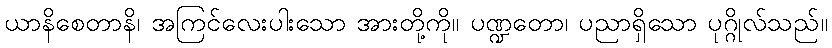
ယာနိစေတာနိ၊ အကြင်လေးပါးသော အားတို့ကို။ ပဏ္ဍတော၊ ပညာရှိသော ပုဂ္ဂိုလ်သည်။